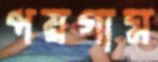
পয়গাম